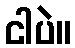
ငါပဲ။